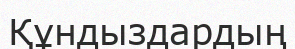
Құндыздардың